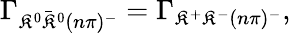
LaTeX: \Gamma_{\mathfrak{K}^{0}\bar{{\mathfrak{K}}}^{0}(n\pi)^{-}}=\Gamma_{\mathfrak{K}^{+}\mathfrak{K}^{-}(n\pi)^{-}},